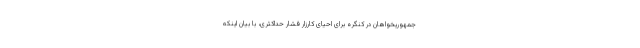
جمهوریخواهان در کنگره برای احیای کارزار فشار حداکثری، با بیان اینکه